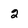
Character: 2